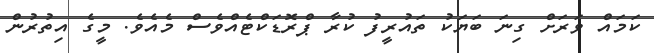
ކަމައް ވަރަށް ގިނަ ބަޔަކު ތައުރީފު ކުރާ ޕްރޮޑަކްޓެއްވެސް މެއެވެ. މީގެ އިތުރުން